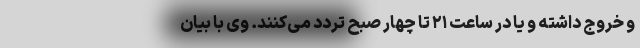
و خروج داشته و یا در ساعت ۲۱ تا چهار صبح تردد می‌کنند. وی با بیان